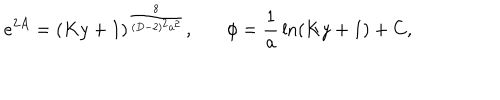
e ^ { 2 A } = ( K y + 1 ) ^ { \frac { 8 } { ( D - 2 ) ^ { 2 } a ^ { 2 } } } , \ \ \ \phi = { \frac { 1 } { a } } \ln ( K y + 1 ) + C ,